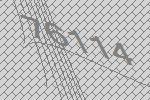
76114